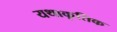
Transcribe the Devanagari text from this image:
यथाकृतिक